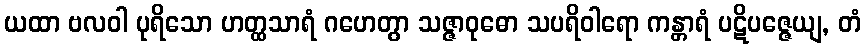
ယထာ ဗလဝါ ပုရိသော ဟတ္ထသာရံ ဂဟေတွာ သဇ္ဇာဝုဓော သပရိဝါရော ကန္တာရံ ပဋိပဇ္ဇေယျ, တံ